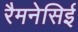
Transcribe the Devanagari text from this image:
रैमनेसिई